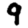
Digit: 9